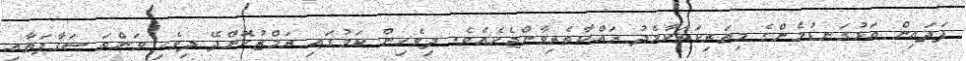
ފަދައިން އަޅުގަނޑުމެންގެ މިތަރިކަތަކާމެދު ރައްކާތެރިވާންޖެހެއެވެ. ދިވެހިން ކަމުގައި ރަމްޒުކޮށްދޭ ދިވެހި ވަންތަ ސަގާފަތާއި